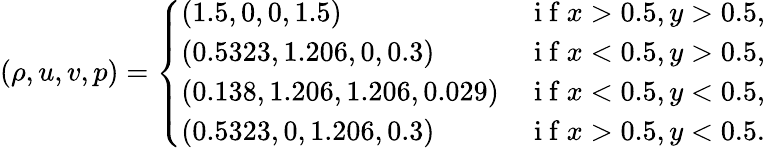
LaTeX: (\rho,u,v,p)=\left\{ \begin{array}{ll}{(1.5,0,0,1.5)}&{\mathrm{~i~f~}x>0.5,y>0.5,}\\ {(0.5323,1.206,0,0.3)}&{\mathrm{~i~f~}x<0.5,y>0.5,}\\ {(0.138,1.206,1.206,0.029)}&{\mathrm{~i~f~}x<0.5,y<0.5,}\\ {(0.5323,0,1.206,0.3)}&{\mathrm{~i~f~}x>0.5,y<0.5.}\end{array}\right.